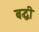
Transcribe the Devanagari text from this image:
बद्धी